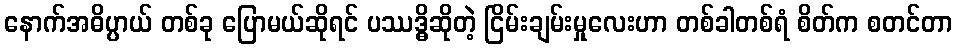
နောက်အဓိပ္ပာယ် တစ်ခု ပြောမယ်ဆိုရင် ပဿဒ္ဓိဆိုတဲ့ ငြိမ်းချမ်းမှုလေးဟာ တစ်ခါတစ်ရံ စိတ်က စတင်တာ